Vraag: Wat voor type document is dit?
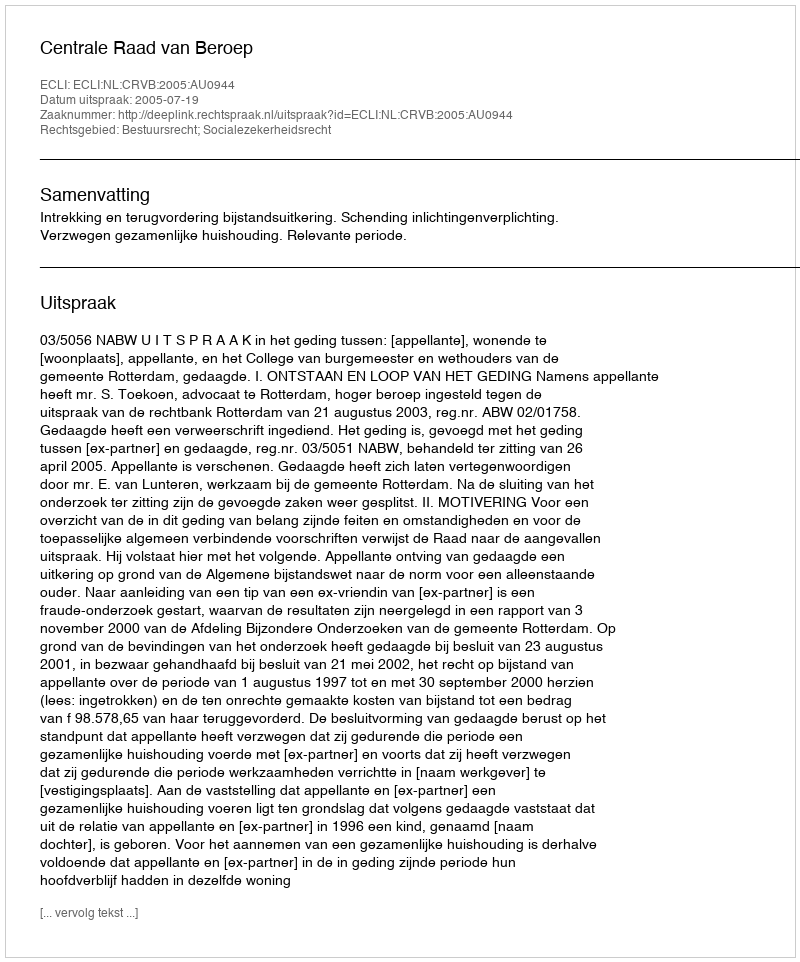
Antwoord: Uitspraak